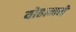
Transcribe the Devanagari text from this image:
योहानने